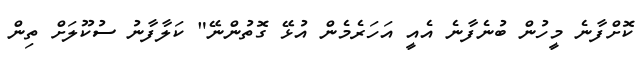
ކޮށްފާނެ މީހުން ބުނެފާނެ އެއީ އަހަރެމެން އުޅޭ ގޮތުންނޭ" ކަލާފާނު ސުކޫލަށް ތިން